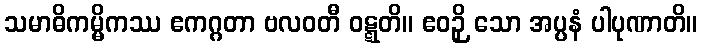
သမာဓိကမ္မိကဿ ဧကဂ္ဂတာ ဗလဝတီ ဝဋ္ဋတိ။ ဧဝဉှိ သော အပ္ပနံ ပါပုဏာတိ။